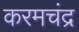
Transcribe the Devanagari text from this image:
करमचंद्र